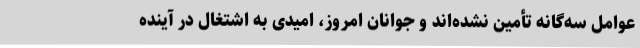
عوامل سه‌گانه تأمین نشده‌اند و جوانان امروز، امیدی به اشتغال در آینده